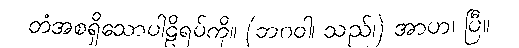
တံအစရှိသောပါဠိရပ်ကို။ (ဘဂဝါ၊ သည်၊) အာဟ၊ ပြီ။